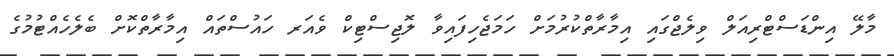
މާލޭ އިންޑަސްޓްރިއަލް ވިލެޖްގައި އިމާރާތްކުރުމަށް ހަމަޖެހިފައިވާ ލޮޖިސްޓިކް ވެއަރ ހައުސްތައް އިމާރާތްކޮށް ބެލެހެއްޓުމުގެ